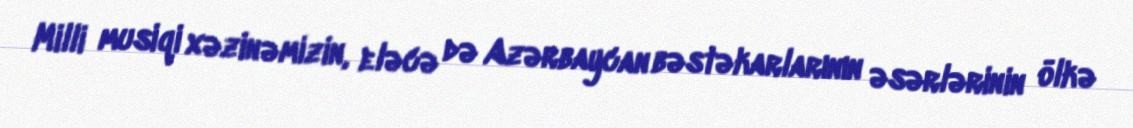
Milli musiqi xəzinəmizin, eləcə də Azərbaycan bəstəkarlarının əsərlərinin ölkə